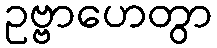
ဥဗ္ဗာဟေတွာ